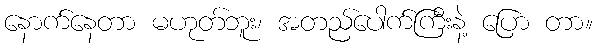
နောက်နေတာ မဟုတ်ဘူး၊ အတည်ပေါက်ကြီးနဲ့ ပြော တာ။